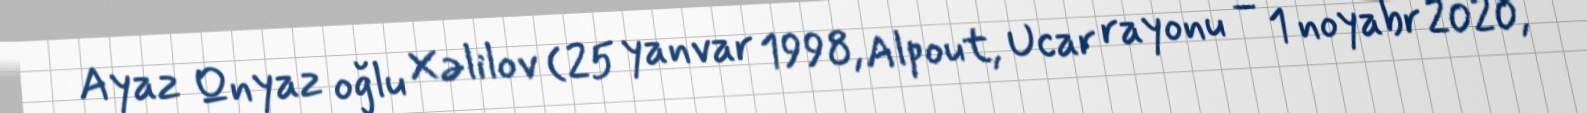
Ayaz Qnyaz oğlu Xəlilov (25 yanvar 1998, Alpout, Ucar rayonu – 1 noyabr 2020,